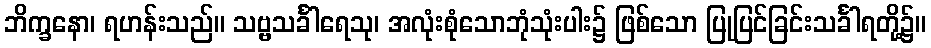
ဘိက္ခနော၊ ရဟန်းသည်။ သဗ္ဗသင်္ခါရေသု၊ အလုံးစုံသောဘုံသုံးပါး၌ ဖြစ်သော ပြုပြင်ခြင်းသင်္ခါရတို့၌။